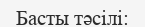
Басты тәсілі: